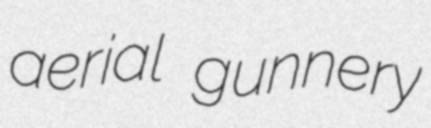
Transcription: aerial gunnery